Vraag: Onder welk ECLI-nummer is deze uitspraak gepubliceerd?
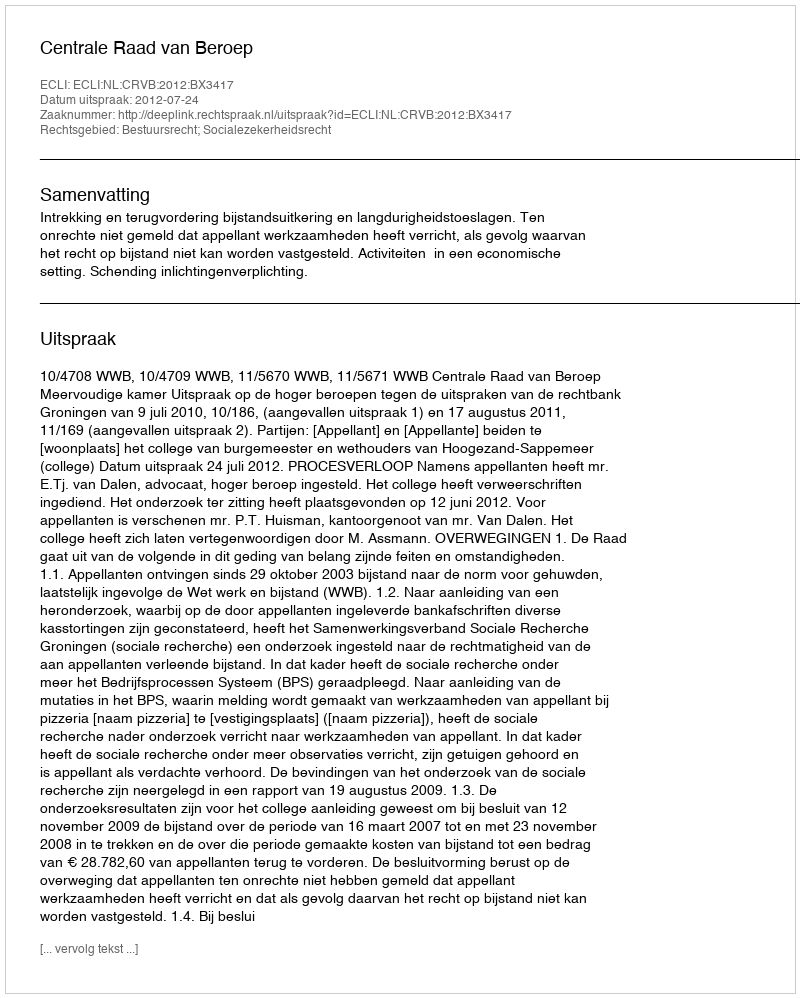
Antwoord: ECLI:NL:CRVB:2012:BX3417